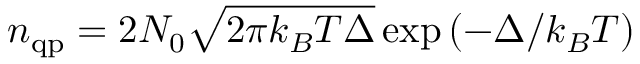
n _ { \mathrm { q p } } = 2 N _ { 0 } \sqrt { 2 \pi k _ { B } T \Delta } \exp \left( - \Delta / k _ { B } T \right)